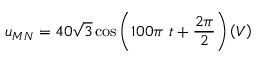
u _ { M N } = 4 0 \sqrt 3 \cos { \left( 1 0 0 \pi \ t + \frac { 2 \pi } { 2 } \right) } \left( V \right)